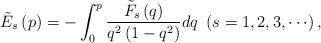
LaTeX: \begin{align*}\tilde{{E}}_{s}\left( p\right) =-\int_{0}^{p}{\frac{\tilde{{F}}_{s}\left(q\right) }{q^{2}\left( {1-q^{2}}\right) }dq}\ \left( {s=1,2,3,\cdots }\right), \end{align*}